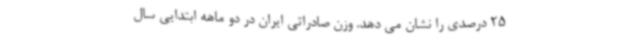
25 درصدی را نشان می دهد. وزن صادراتی ایران در دو ماهه ابتدایی سال